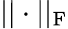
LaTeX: ||\cdot||_{\mathrm{F}}